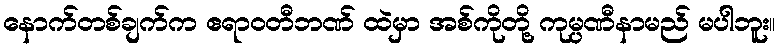
နောက်တစ်ချက်က ဧရာဝတီဘဏ် ထဲမှာ အစ်ကိုတို့ ကုမ္ပဏီနာမည် မပါဘူး။